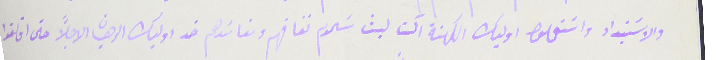
والاسَتبداد واستعملوا اوليك الكهنة آلت لبث سَموم نفاقهم ومفاسَدهم ضد اوليك الرهبان الاجلاً حتى اقلقوا